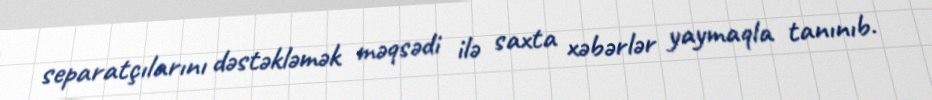
separatçılarını dəstəkləmək məqsədi ilə saxta xəbərlər yaymaqla tanınıb.